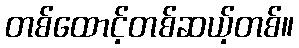
တစ်ထောင့်တစ်ဆယ့်တစ်။